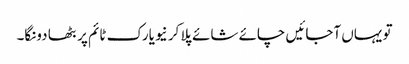
تو یہاں آجائیں چائے شائے پلا کر نیویارک ٹائم پر بٹھا دونگا۔